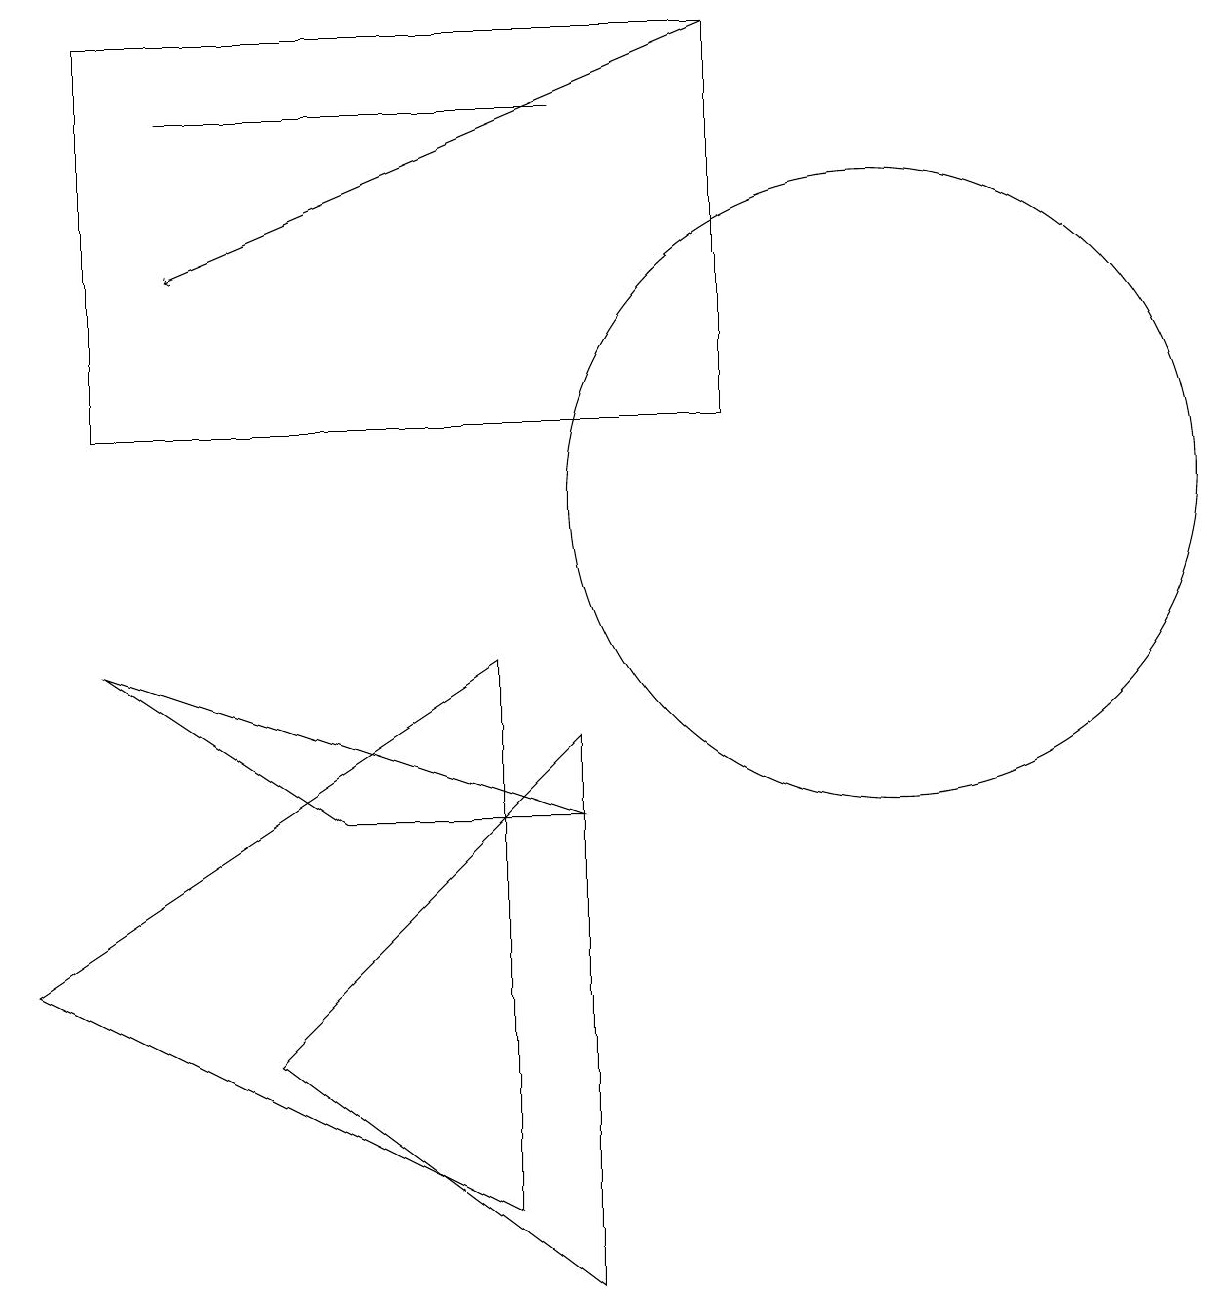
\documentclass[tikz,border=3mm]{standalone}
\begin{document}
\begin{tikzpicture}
\draw (1,12) rectangle (9,17);
\draw (7,16) rectangle (2,16);
\draw (7,1) -- (7,8) -- (3,4) -- cycle;
\draw (0,5) -- (6,9) -- (6,2) -- cycle;
\draw (11,11) circle (4);
\draw[->] (9,17) -- (2,14);
\draw (7,7) -- (4,7) -- (1,9) -- cycle;
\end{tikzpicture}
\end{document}